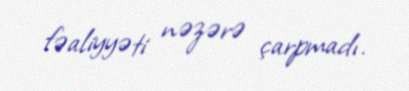
fəaliyyəti nəzərə çarpmadı.